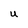
Character: u